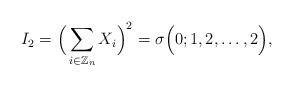
LaTeX: \begin{align*}I_2=\displaystyle \Big( \sum_{i\in \mathbb{Z}_{n}} X_i \Big)^2 = \sigma\Big( 0; 1, 2, \dots, 2 \Big), \end{align*}